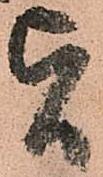
旨